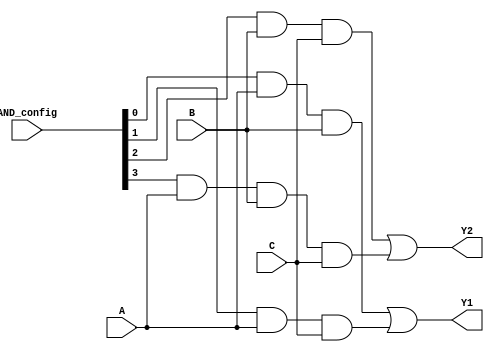
module PAL (
    input wire A,      // Input signal A
    input wire B,      // Input signal B
    input wire C,      // Input signal C
    input wire [3:0] AND_config, // 4-bit configuration for AND gates
    output wire Y1,    // Output signal Y1
    output wire Y2     // Output signal Y2
);

// Programmable AND gates
wire pTerm0, pTerm1, pTerm2, pTerm3;

// AND Gate 0: A AND B
assign pTerm0 = (AND_config[0] & A & B);

// AND Gate 1: A AND C
assign pTerm1 = (AND_config[1] & A & C);

// AND Gate 2: B AND C
assign pTerm2 = (AND_config[2] & B & C);

// AND Gate 3: A AND B AND C
assign pTerm3 = (AND_config[3] & A & B & C);

// Fixed OR Array
assign Y1 = pTerm0 | pTerm1; // Output Y1 is the OR of product terms 0 and 1
assign Y2 = pTerm2 | pTerm3; // Output Y2 is the OR of product terms 2 and 3

endmodule